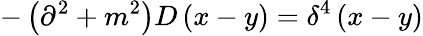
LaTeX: -\left(\partial^{2}+m^{2}\right)D\left(x-y\right)=\delta^{4}\left(x-y\right)